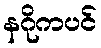
နဂိုကပင်